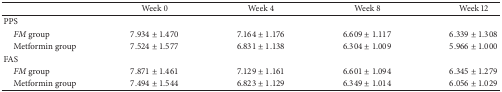
<table><thead><tr><td><b> </b></td><td><b>Week 0</b></td><td><b>Week 4</b></td><td><b>Week 8</b></td><td><b>Week 12</b></td></tr></thead><tbody><tr><td>PPS</td><td> </td><td> </td><td> </td><td> </td></tr><tr><td> <i>FM</i> group</td><td>7.934 ± 1.470</td><td>7.164 ± 1.176</td><td>6.609 ± 1.117</td><td>6.339 ± 1.308</td></tr><tr><td> Metformin group</td><td>7.524 ± 1.577</td><td>6.831 ± 1.138</td><td>6.304 ± 1.009</td><td>5.966 ± 1.000</td></tr><tr><td>FAS</td><td> </td><td> </td><td> </td><td> </td></tr><tr><td> <i>FM</i> group</td><td>7.871 ± 1.461</td><td>7.129 ± 1.161</td><td>6.601 ± 1.094</td><td>6.345 ± 1.279</td></tr><tr><td> Metformin group</td><td>7.494 ± 1.544</td><td>6.823 ± 1.129</td><td>6.349 ± 1.014</td><td>6.056 ± 1.029</td></tr></tbody></table>